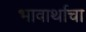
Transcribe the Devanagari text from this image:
भावार्थाचा